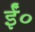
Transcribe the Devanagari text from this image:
ईं०